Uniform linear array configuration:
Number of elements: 64
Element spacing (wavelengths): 0.25
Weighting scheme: blackman
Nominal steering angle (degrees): -60
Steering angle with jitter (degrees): -60.092
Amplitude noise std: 0.05
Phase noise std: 0.05

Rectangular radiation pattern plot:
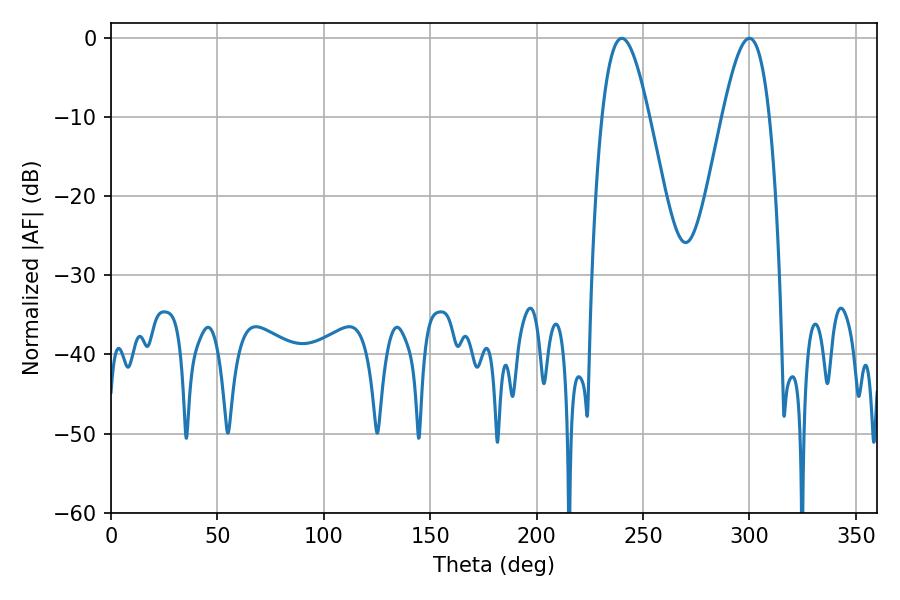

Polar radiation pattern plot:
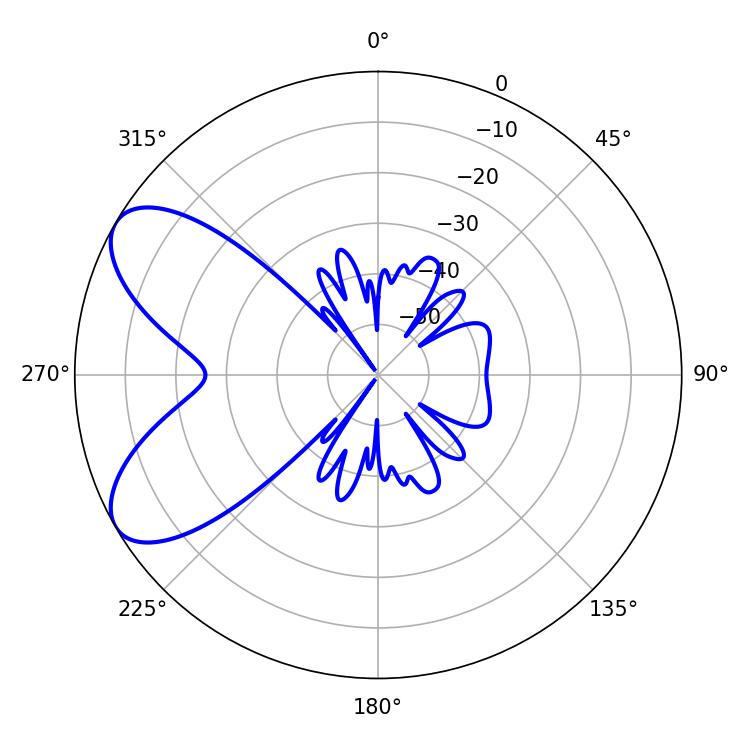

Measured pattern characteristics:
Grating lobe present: FALSE
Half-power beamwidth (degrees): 12.06
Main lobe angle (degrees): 239.94